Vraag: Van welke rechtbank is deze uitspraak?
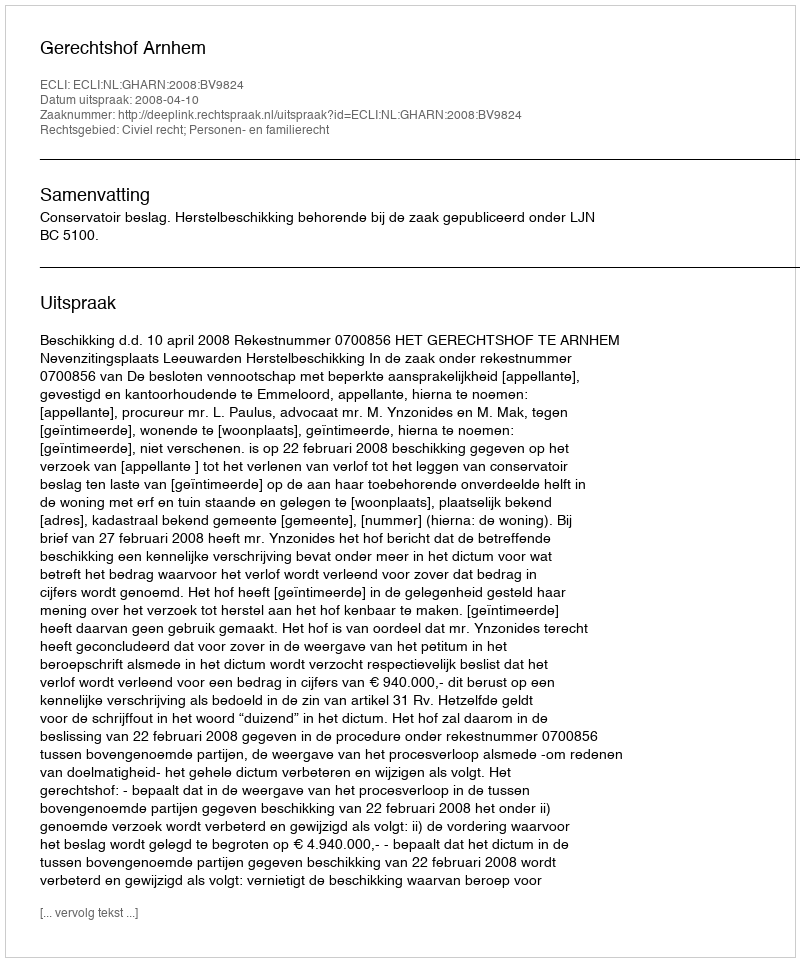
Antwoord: Gerechtshof Arnhem